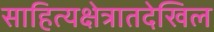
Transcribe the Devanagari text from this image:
साहित्यक्षेत्रातदेखिल